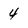
Character: 4